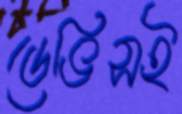
ডেভিসই